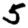
Digit: 5